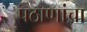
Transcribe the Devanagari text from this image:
पठाणांचा